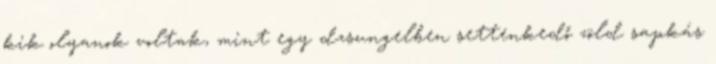
kik olyanok voltak, mint egy dzsungelben settenkedő zöld sapkás